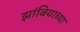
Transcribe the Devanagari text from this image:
झांबियाच्या